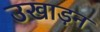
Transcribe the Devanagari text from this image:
उखाड़न